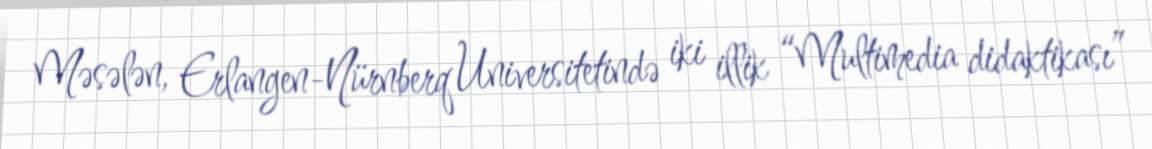
Məsələn, Erlangen-Nürnberq Universitetində iki illik “Multimedia didaktikası”